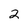
Character: 2